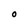
Character: O